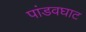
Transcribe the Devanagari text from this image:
पांडवघाट